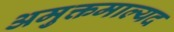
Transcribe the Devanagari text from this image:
अमुक्तमाल्यद